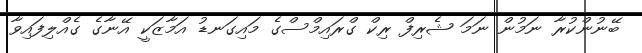
ބޭނުންކުރާ ނަމުން ނަމަ ޝެރިފް ރިކް ގްރައިމްސްގެ މައިގަނޑު އަމާޒަކީ އޭނާގެ ގެއްލިފައިވާ